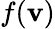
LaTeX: f(\mathbf{v})